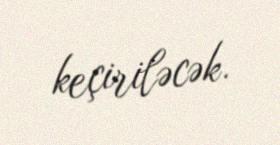
keçiriləcək.